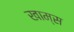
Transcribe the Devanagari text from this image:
खाम्स